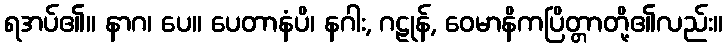
ရအပ်၏။ နာဂ၊ ပေ။ ပေတာနံပိ၊ နဂါး, ဂဠုန်, ဝေမာနိကပြိတ္တာတို့၏လည်း။